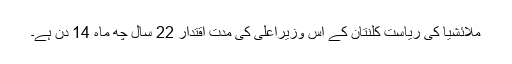
ملائشیا کی ریاست کلنتان کے اس وزیراعلیٰ کی مدتِ اقتدار 22 سال چھ ماہ 14 دن ہے۔